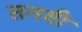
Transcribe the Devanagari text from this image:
तनवी